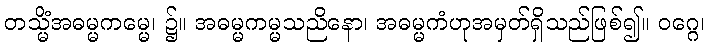
တသ္မိံအဓမ္မကမ္မေ၊ ၌။ အဓမ္မကမ္မသညိနော၊ အဓမ္မကံဟုအမှတ်ရှိသည်ဖြစ်၍။ ဝဂ္ဂေ၊